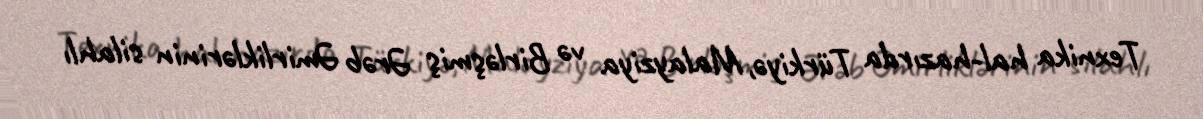
Texnika hal-hazırda Türkiyə, Malayziya və Birləşmiş Ərəb Əmirliklərinin silahlı